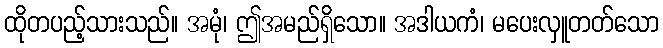
ထိုတပည့်သားသည်။ အမုံ၊ ဤအမည်ရှိသော။ အဒါယကံ၊ မပေးလှူတတ်သော